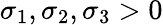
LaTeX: \sigma_{1},\sigma_{2},\sigma_{3}>0